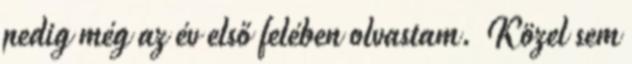
pedig még az év első felében olvastam. Közel sem